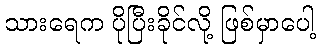
သားရေက ပိုပြီးခိုင်လို့ ဖြစ်မှာပေါ့